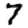
Digit: 7